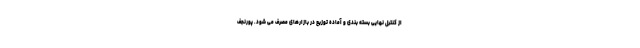
از کنترل نهایی بسته بندی و آماده توزیع در بازارهای مصرف می شود. پورنجف